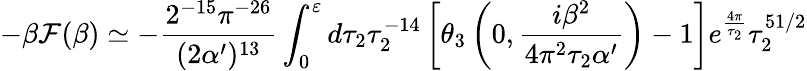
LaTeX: -\beta{\cal F}(\beta)\simeq-\frac{2^{-15}\pi^{-26}}{(2\alpha^{\prime})^{13}}\int_{0}^{\varepsilon}d\tau_{2}\tau_{2}^{-14}\left[\theta_{3}\left(0,\frac{i\beta^{2}}{4\pi^{2}\tau_{2}\alpha^{\prime}}\right)-1\right]e^{\frac{4\pi}{\tau_{2}}}\tau_{2}^{51/2}